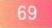
69